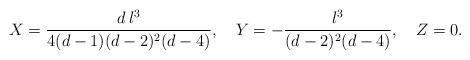
LaTeX: \begin{align*}X={d\,l^3 \over 4(d-1)(d-2)^2(d-4)},\quad Y=-{l^3 \over (d-2)^2(d-4)},\quad Z=0. \end{align*}